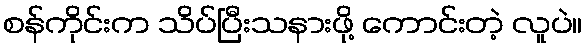
စန်ကိုင်းက သိပ်ပြီးသနားဖို့ ကောင်းတဲ့ လူပဲ။